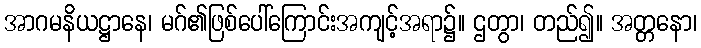
အာဂမနိယဋ္ဌာနေ၊ မဂ်၏ဖြစ်ပေါ်ကြောင်းအကျင့်အရာ၌။ ဌတွာ၊ တည်၍။ အတ္တနော၊